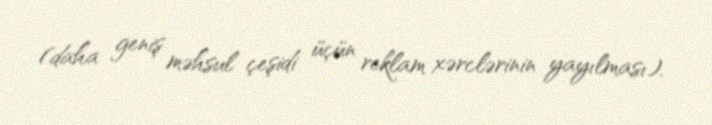
(daha geniş məhsul çeşidi üçün reklam xərclərinin yayılması).